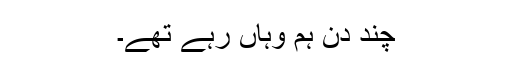
چند دن ہم وہاں رہے تھے۔